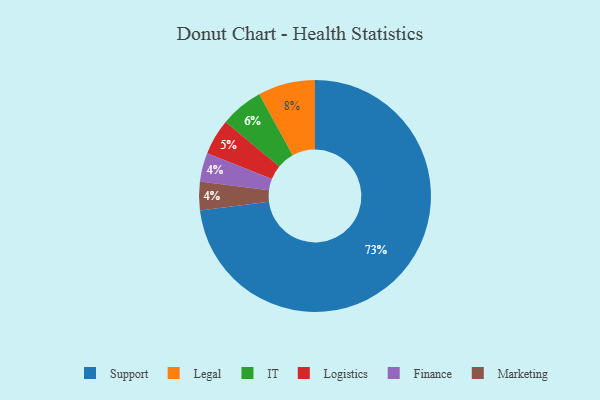
{"axis": {"x": "Category", "y": "Percentage"}, "legend": ["Finance", "IT", "Legal", "Logistics", "Marketing", "Support"], "data": [{"x": "Support", "y": 73, "type": "Support"}, {"x": "IT", "y": 6, "type": "IT"}, {"x": "Legal", "y": 8, "type": "Legal"}, {"x": "Finance", "y": 4, "type": "Finance"}, {"x": "Marketing", "y": 4, "type": "Marketing"}, {"x": "Logistics", "y": 5, "type": "Logistics"}]}